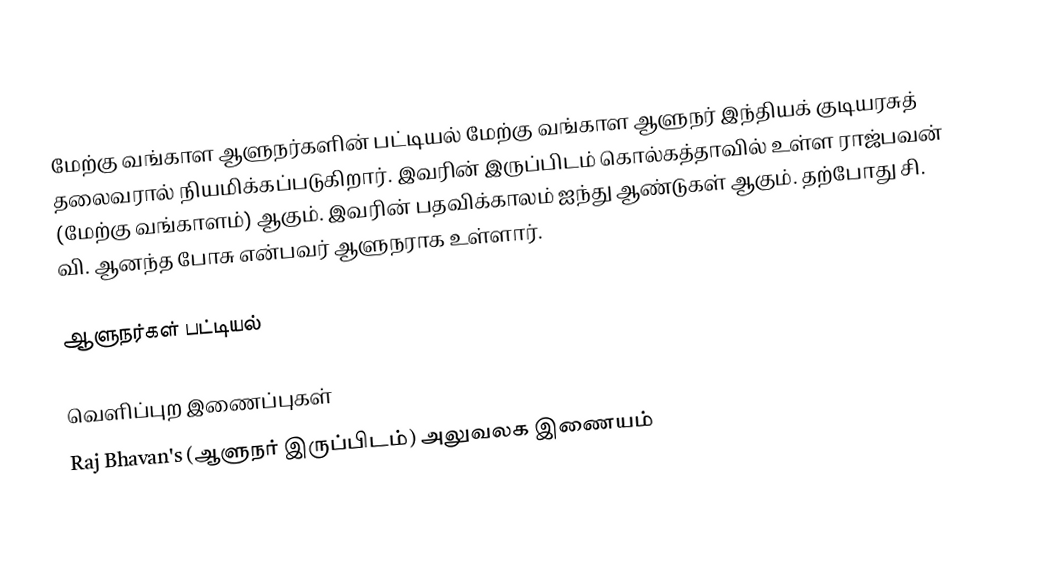
மேற்கு வங்காள ஆளுநர்களின் பட்டியல் மேற்கு வங்காள ஆளுநர் இந்தியக் குடியரசுத் தலைவரால் நியமிக்கப்படுகிறார். இவரின் இருப்பிடம் கொல்கத்தாவில் உள்ள ராஜ்பவன் (மேற்கு வங்காளம்) ஆகும். இவரின் பதவிக்காலம் ஐந்து ஆண்டுகள் ஆகும். தற்போது சி. வி. ஆனந்த போசு என்பவர் ஆளுநராக உள்ளார்.

ஆளுநர்கள் பட்டியல்

வெளிப்புற இணைப்புகள்
 Raj Bhavan's (ஆளுநர் இருப்பிடம்) அலுவலக இணையம்